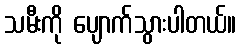
သမီးကို ပျောက်သွားပါတယ်။